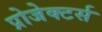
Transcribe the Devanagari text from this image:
प्रोजेक्टर्स